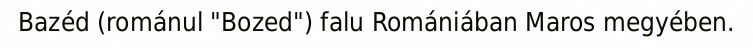
Bazéd (románul "Bozed") falu Romániában Maros megyében.